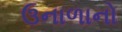
ઉનાળાનો